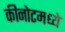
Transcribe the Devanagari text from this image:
कीनोटमध्ये